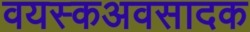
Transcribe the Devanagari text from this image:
वयस्कअवसादक